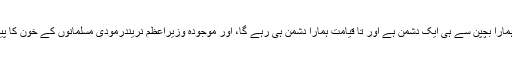
بھارت ہمارا بچپن سے ہی ایک دشمن ہے اور تا قیامت ہمارا دشمن ہی رہے گا، اور موجودہ وزیراعظم نریندرمودی مسلمانوں کے خون کا پیاسا ہے۔